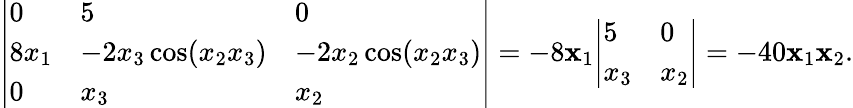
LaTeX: {\left|\begin{array}{lll}{0}&{5}&{0}\\ {8x_{1}}&{-2x_{3}\cos(x_{2}x_{3})}&{-2x_{2}\cos(x_{2}x_{3})}\\ {0}&{x_{3}}&{x_{2}}\end{array}\right|}=-8\mathbf{x}_{1}{\left|\begin{array}{ll}{5}&{0}\\ {x_{3}}&{x_{2}}\end{array}\right|}=-40\mathbf{x}_{1}\mathbf{x}_{2}.